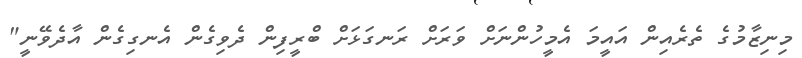
މިނިޒާމުގެ ތެރެއިން އައީމަ އެމީހުންނަށް ވަރަށް ރަނގަޅަށް ބްރީފިން ދެވިގެން އެނގިގެން އާދެވޭނީ"